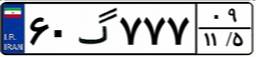
۳۰گ۵۶۲۰۵